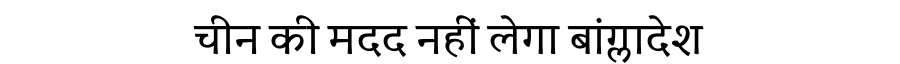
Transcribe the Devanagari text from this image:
चीन की मदद नहीं लेगा बांग्लादेश